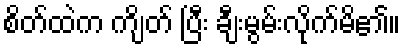
စိတ်ထဲက ကျိတ် ပြီး ချီးမွမ်းလိုက်မိ၏။